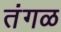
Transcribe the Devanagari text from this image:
तंगळ